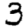
Digit: 3